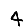
Digit: 4